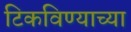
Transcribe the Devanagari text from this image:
टिकविण्याच्या